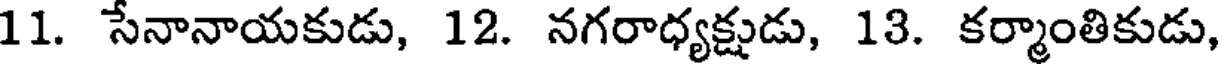
11. సేనానాయకుడు, 12. నగరాధ్యక్షుడు, 13. కర్మాంతికుడు,